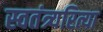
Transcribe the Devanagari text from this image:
स्वतंत्र्यरित्या